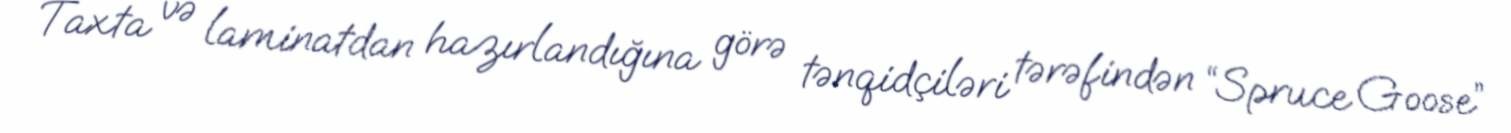
Taxta və laminatdan hazırlandığına görə tənqidçiləri tərəfindən “Spruce Goose”